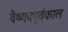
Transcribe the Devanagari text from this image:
वैष्णवपूर्वकाल